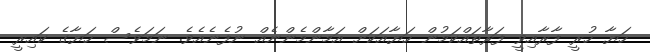
ހަޔާ ހުރީ ފާރާއިވީ ފަރާތައްކަމުން ހަޔާއަކަށް އަމާންމެންނެއް ނުފެނެއެވެ. ނަމަވެސް ހަޔާގެ ކައިރީ